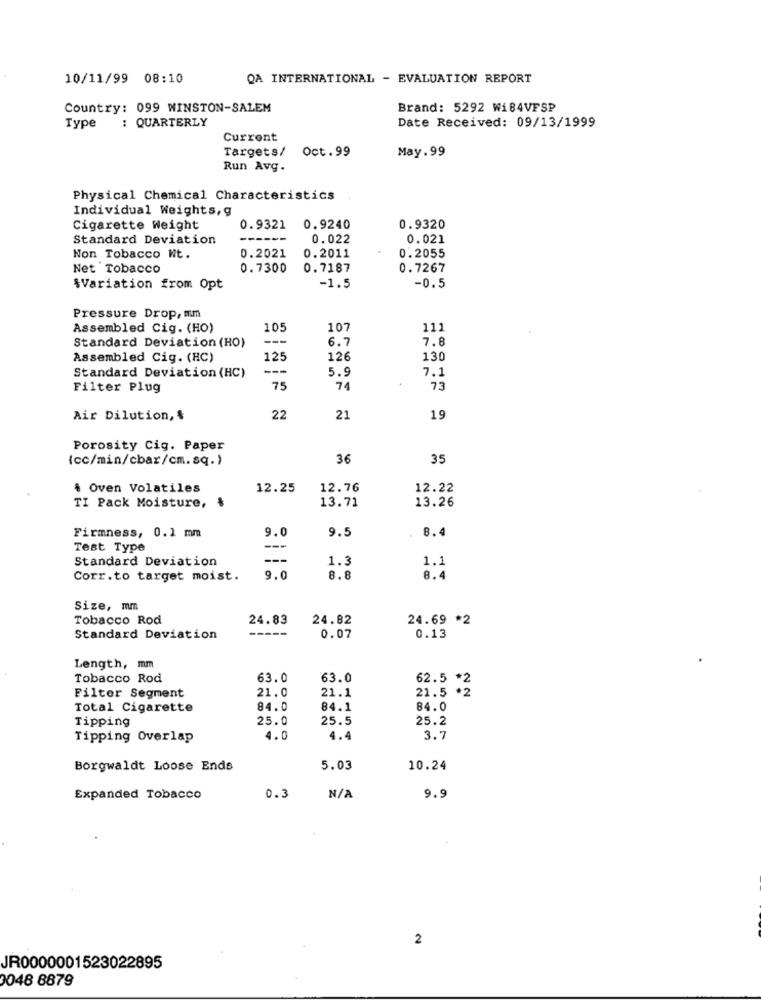
10/11/99 08:10
QA INTERNATIONAL - EVALUATION REPORT
Country: 099 WINSTON-SALEM
Brand: 5292 Wi84VFSP
: QUARTERLY
Date Received: 09/13/1999
Type
Current
Targets/ Oct.99
May.99
Run Avg.
Physical Chemical Characteristics
Individual Weights, g
Cigarette Weight
0.9321
0.9240
0.9320
Standard Deviation
0.022
0.021
Non Tobacco Wt.
0.2021
0.2011
0.2055
Net Tobacco
0.7300
0.7187
0.7267
-1.5
\Variation from Opt
-0.5
Pressure Drop, mm
Assembled Cig. (HO)
105
107
111
Standard Deviation (HO)
---
6.7
7.8
Assembled Cig. (HC)
125
126
130
---
5.9
7.1
Standard Deviation (HC)
Filter Plug
75
74
73
Air Dilution, &
22
21
19
Porosity Cig. Paper
(cc/min/cbar/cm.sq.)
36
35
§ Oven Volatiles
12.25
12.76
12.22
13.71
13.26
TI Pack Moisture,
Firmness, 0.1 mm
9.0
9.5
8.4
Test Type
---
Standard Deviation
---
1.3
1.1
Corr.to target moist.
9.0
8.8
8.4
Size, mm
Tobacco Rod
24.83
24.82
24.69 *2
0.13
Standard Deviation
0.07
Length, mm
Tobacco Rod
63.0
63.0
62.5 *2
21.0
21.1
21.5 *2
Filter Segment
Total Cigarette
84.0
84.1
84.0
Tipping
25.0
25.5
25.2
Tipping Overlap
4.0
4.4
3.7
Borgwaldt Loose Ends
5.03
10.24
Expanded Tobacco
0.3
9.9
2
JR0000001523022895
3048 8879